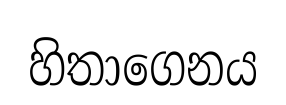
හිතාගෙනය